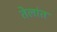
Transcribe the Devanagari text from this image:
तेलांत